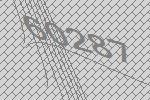
60287